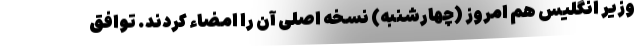
وزیر انگلیس هم امروز (چهارشنبه) نسخه اصلی آن را امضاء کردند. توافق